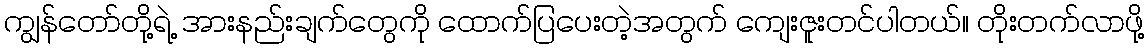
ကျွန်တော်တို့ရဲ့ အားနည်းချက်တွေကို ထောက်ပြပေးတဲ့အတွက် ကျေးဇူးတင်ပါတယ်။ တိုးတက်လာဖို့